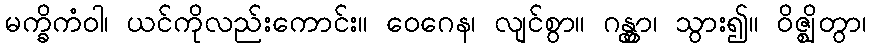
မက္ခိကံဝါ၊ ယင်ကိုလည်းကောင်း။ ဝေဂေန၊ လျင်စွာ။ ဂန္တွာ၊ သွား၍။ ဝိဇ္ဈိတွာ၊